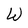
Character: W